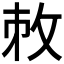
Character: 𢼋